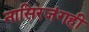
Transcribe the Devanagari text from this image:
नासिरजंगही